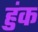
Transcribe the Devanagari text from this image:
हुंक